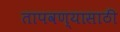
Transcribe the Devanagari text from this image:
तापवण्यासाठी